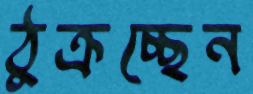
ঠুক্‌রচ্ছেন